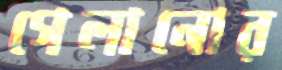
গেলানোর